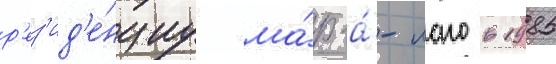
р'ез'ид'е́нциу ма́р-а́-лаго в 1985